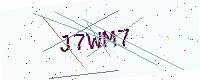
Text: J7WM7